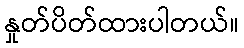
နှုတ်ပိတ်ထားပါတယ်။